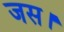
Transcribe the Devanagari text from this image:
जस।